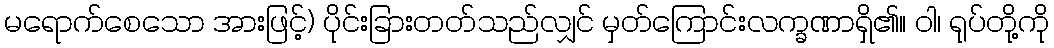
မရောက်စေသော အားဖြင့်) ပိုင်းခြားတတ်သည်လျှင် မှတ်ကြောင်းလက္ခဏာရှိ၏။ ဝါ၊ ရုပ်တို့ကို